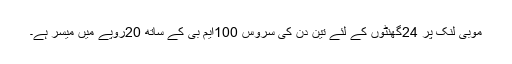
موبی لنک پر 24گھنٹوں کے لئے تین دن کی سروس 100ایم بی کے ساتھ 20روپے میں میسر ہے۔